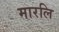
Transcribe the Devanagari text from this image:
मारलि